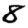
Digit: 8